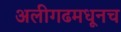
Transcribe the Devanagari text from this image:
अलीगढमधूनच